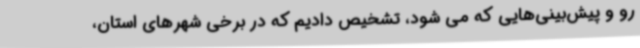
رو و پیش‌بینی‌هایی که می شود، تشخیص دادیم که در برخی شهرهای استان،